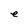
Character: e